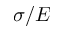
\sigma / E